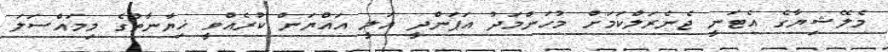
މެލޭޝިޔާގެ އެޓަނީ ޖެނެރަލްކަމަށް މުހަންމަދު އަޕަންދީ އަލީ އައްޔަން ކުރެއްވީ ޚިޔާނާތުގެ މިމައްސަލަ